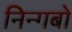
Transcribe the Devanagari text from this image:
निन्गबो